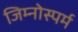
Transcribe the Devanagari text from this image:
जिम्‍नोस्‍पर्म